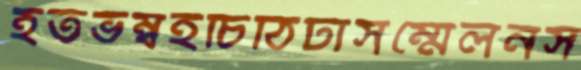
হতভম্বইচিঠিটাসম্মেলনস